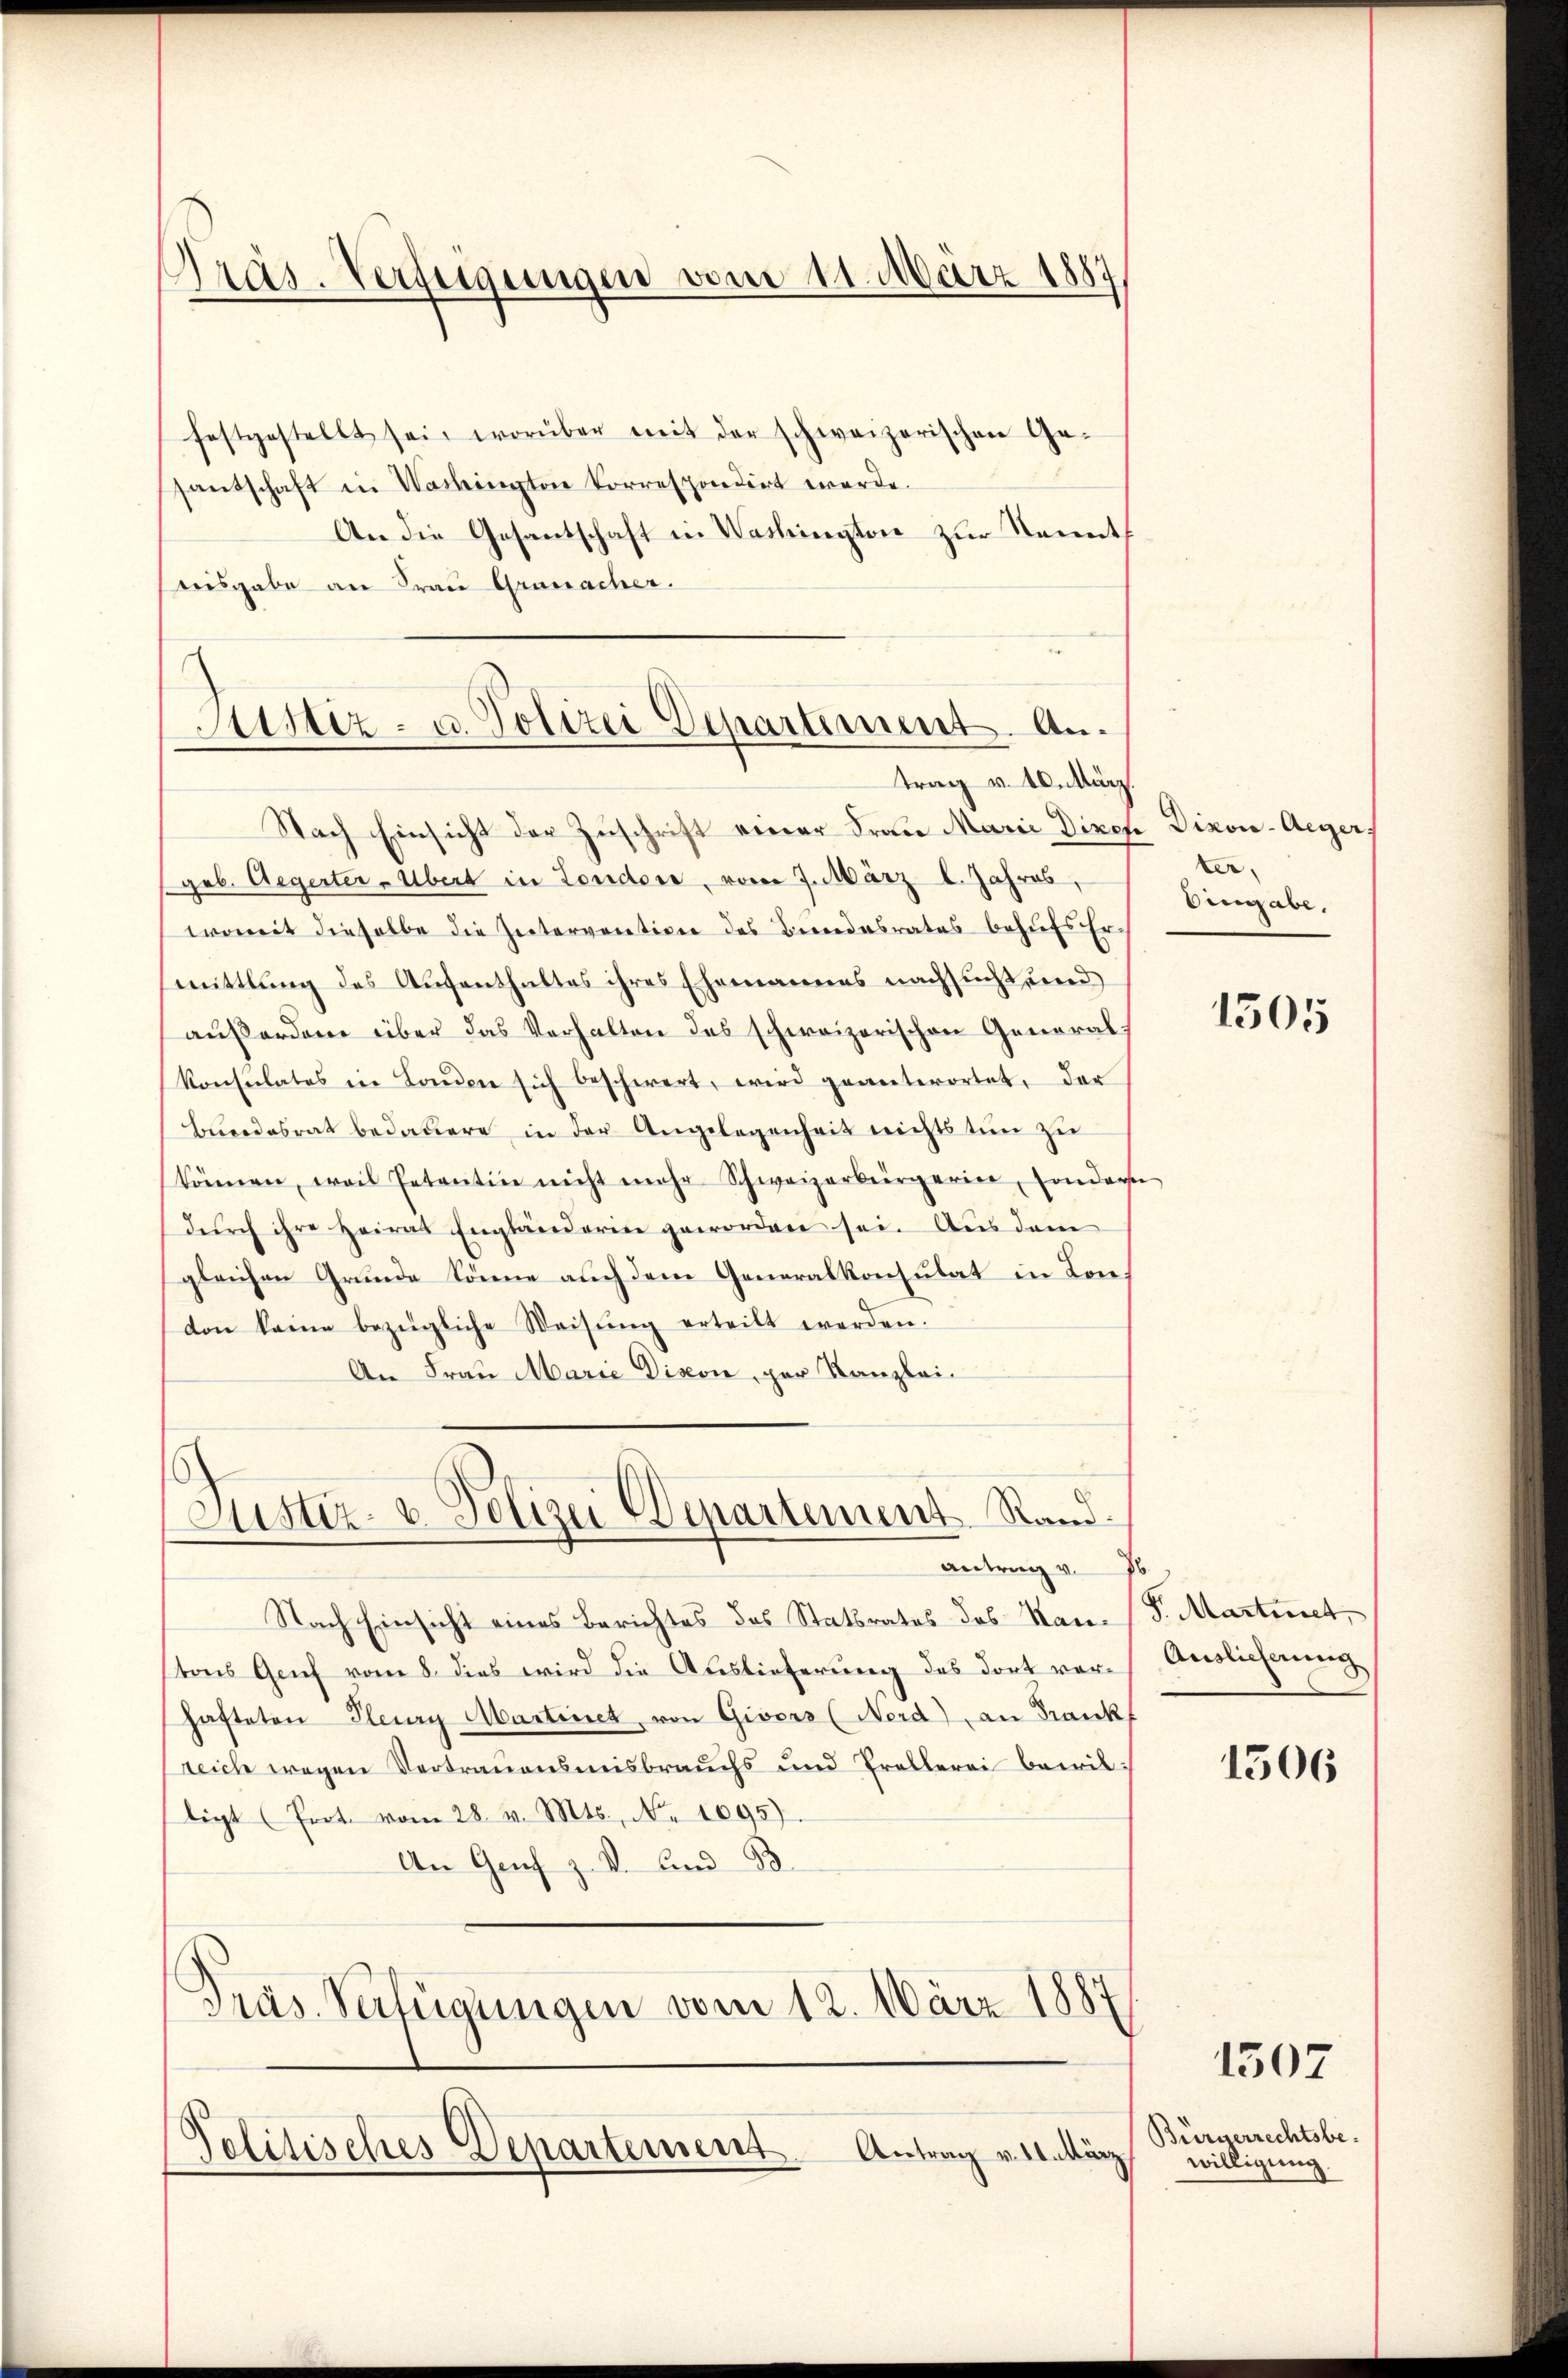
Präs. Verfügungen vom 11. März 1887

festgestellt sei, worüber mit der schweizerischen Ge-
santschaft in Vorkingten Correspondirt werde.
An die Gesantschaft in Washington zur Kennt
reisgabe an Frau Granacher.

Justiz- u. Polizei Departement. Antrag v. 10. März.

Nach Einsicht der Zuschrift einer Frau Marie Direk Divoi-Aeger,
geb. Aegerter - Übert in Londone, vom 7. März l. Jahres,
womit dieselbe die Intervention des Bundesrates behufs Ermittlung des Aufenthaltes ihres Ehemannes nachsucht und
außerdem über das Verhalten des schweizerischen Generalkonsulates in London sich beschwert, wird geanterortet, der
Bundesrat bedauere in der Angelegenheit nichts tun zu
können, weil Petentin nicht mehr Schweizerbürgerin, sondere
durch ihre Heirat Engländerin geworden sei. Aus dem
gleichen Grunde könne auch dem Generalkonsulat in London keine bezügliche Weisŭng erteilt werden.
An Frau Marie Dison, per Kanzlei¬

Justiz- & Polizei Departement Rand.
antrag v. 16

Politisches Departement. Antrag v. 11. März

Nach Einsicht eines Berichtes des Statsrates des San. S. Martinet,
tons Geich vom 8. dies wird die Auslieferung des dort vor Auslicherung
hafteten Pleury Martinet, von Givors (Nord) an Frankf
reich wegen Vertrauensmisbrauchs und Trollerei bewilligt (Prot. vom 28. v. Mts., Nr. 1095).
An Genf z. V. Bad B.
Präs. Verfügungen vom 12. März 1887

ter
Eingabe,

1505

1306

1507

Bürgerrechtsbewilligung.